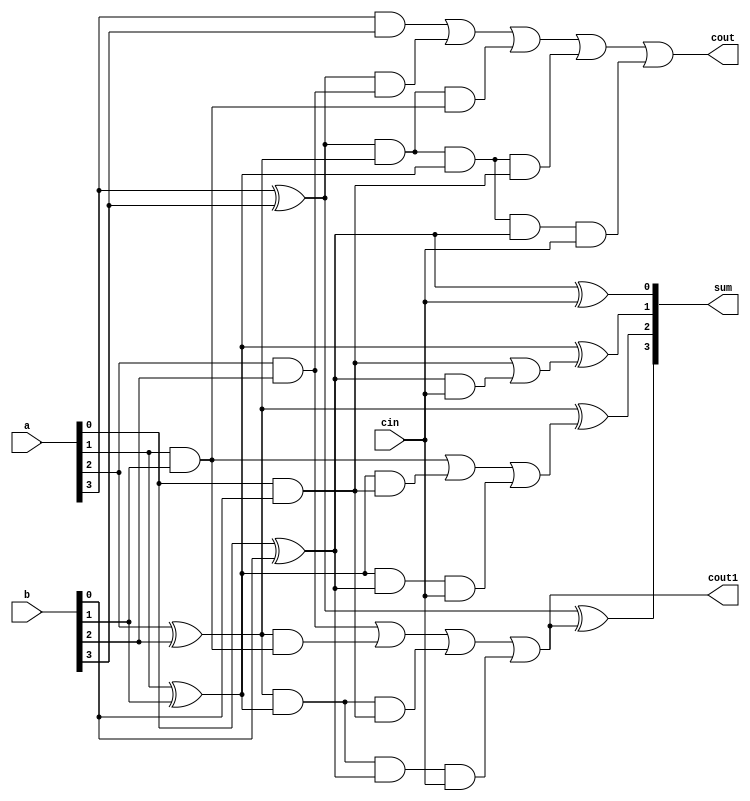
module four_bit(
    input [3:0] a,
    input [3:0] b,
    input cin,
    output [3:0] sum,
    output cout,
    output cout1
    );
    wire [3:0] g,p,c;
    genvar i;
    generate for(i=0;i<4;i=i+1)begin
        and a1(g[i],a[i],b[i]);
        xor x1(p[i],a[i],b[i]);
    end
    endgenerate
    wire [9:0]l;
    and a2(l[0],p[3],g[2]);
    and a3(l[1],p[3],p[2],g[1]);
    and a4(l[2],p[3],p[2],p[1],g[0]);
    and a5(l[3],p[3],p[2],p[1],p[0],cin);
    or o1(cout,g[3],l[0],l[1],l[2],l[3]);
    and a6(l[4],p[2],g[1]);
    and a7(l[5],p[2],p[1],g[0]);
    and a8(l[6],p[2],p[1],p[0],cin);
    or o2(c[3],g[2],l[4],l[5],l[6]);
    and a9(l[7],p[1],g[0]);
    and a10(l[8],p[1],p[0],cin);
    or o3(c[2],g[1],l[7],l[8]);
    and a11(l[9],p[0],cin);
    or o4(c[1],g[0],l[9]);
    assign c[0]=cin;
    generate for(i=0;i<4;i=i+1)begin
        xor x2(sum[i],p[i],c[i]);
    end 
    endgenerate
    assign cout1=c[3];
endmodule